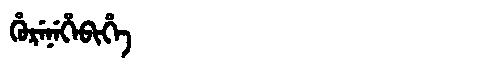
Manchu: ᡥᡠᡵᡝᠨᡝᡥᡝᠪᡳᡥᡝ
Romanization: HURENEHEBIHE